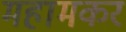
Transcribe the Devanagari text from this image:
महामकर